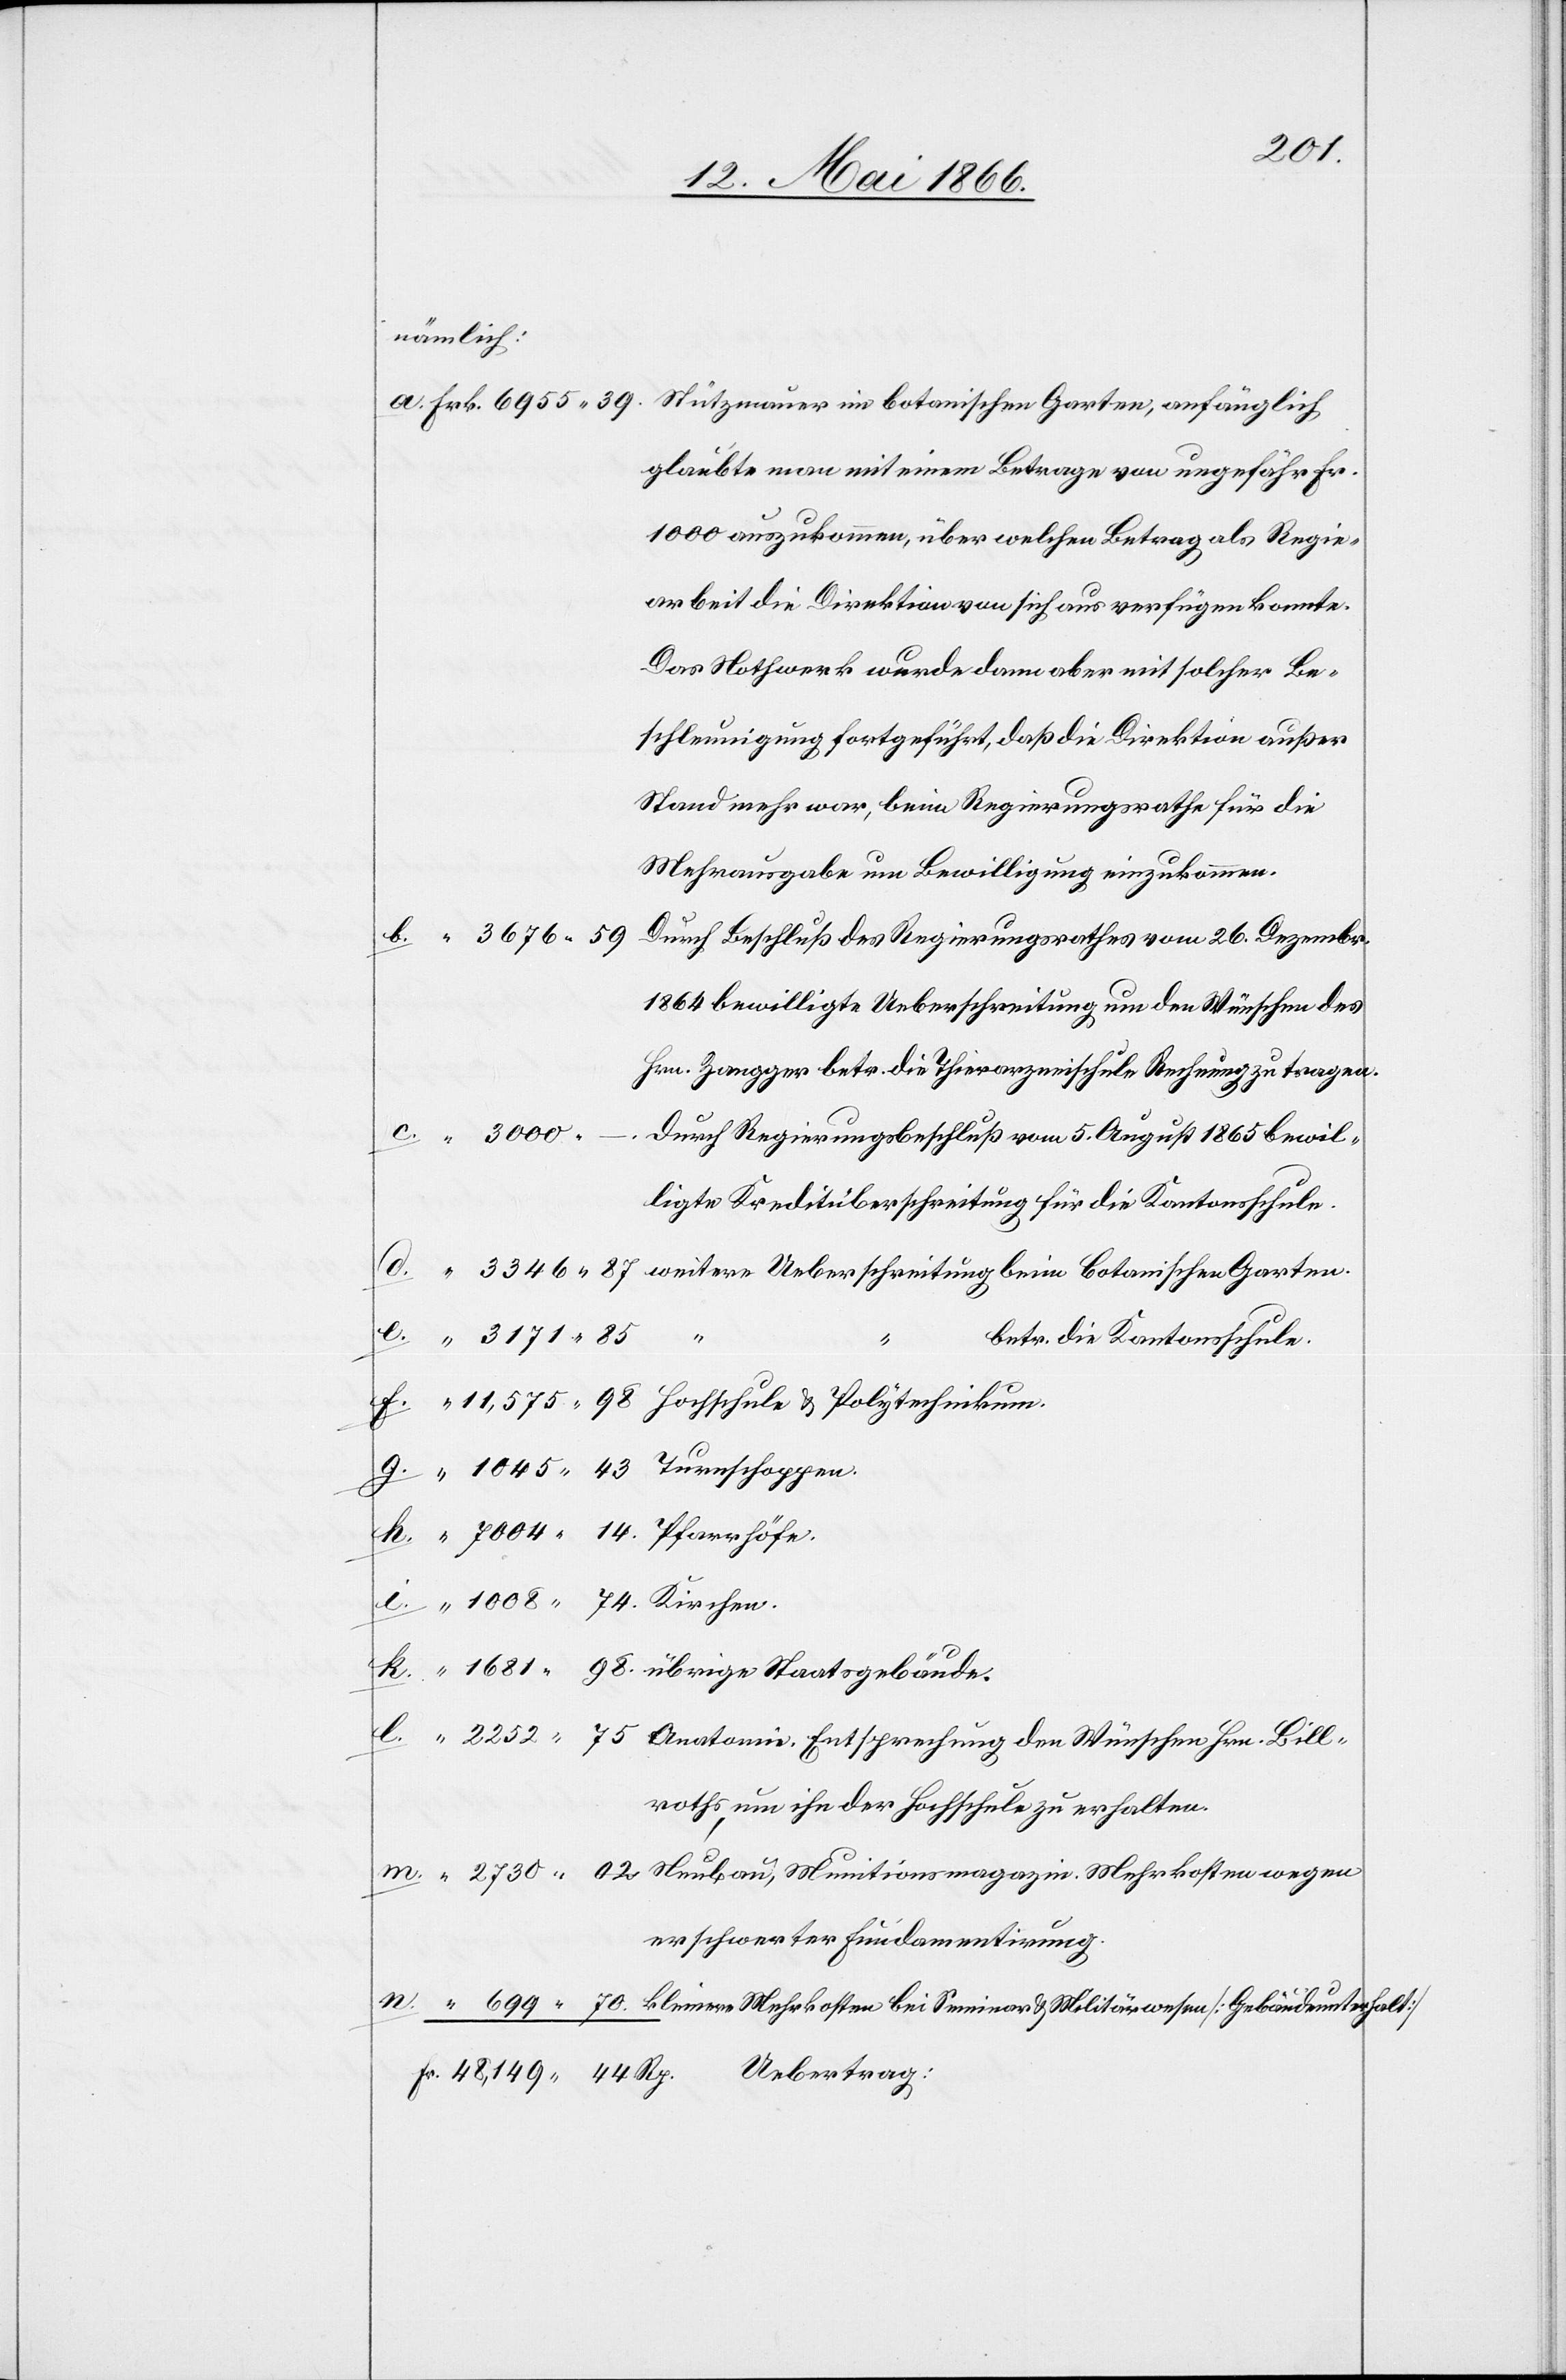
2730.02.
nämlich:
glaubte man mit einem Betrage von ungefähr Fr.
1000 auszukommen, über welchen Betrag als Regie¬
arbeit die Direktion von sich aus verfügen konnte.
Das Nothwerk wurde dann aber mit solcher Be¬
schleunigung fortgeführt, daß die Direktion außer
Stand mehr war, beim Regierungsrathe für die
Mehrausgabe um Bewilligung einzukommen.
1864 bewilligte Ueberschreitung um den Wünschen des
Hrn. Zangger betr. die Thierarzneischule Rechnung zu tragen.
ligte Kreditüberschreitung für die Kantonsschule.
durch die Kantonsschule.
roth um ihn der Hochschule zu erhalten.
erschwerter Fundamentirung.